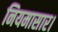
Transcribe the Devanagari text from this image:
नियमासार।